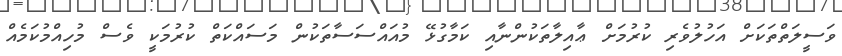
ވަސީލަތްތަކަށް އަހުލުވެރި ކުރުމަށް ޢާއިލާތަކުންނާއި ކަމާގުޅޭ މުއައްސަސާތަކުން މަސައްކަތް ކުރުމަކީ ވެސް މުހިއްމުކަމެއް